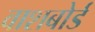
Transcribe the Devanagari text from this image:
वाशबोर्ड